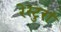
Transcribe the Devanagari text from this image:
रेस्टुरां